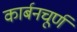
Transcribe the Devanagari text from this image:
कार्बनचूर्ण